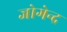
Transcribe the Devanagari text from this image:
जोगेन्द्र